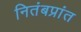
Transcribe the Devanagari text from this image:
नितंबप्रांत